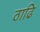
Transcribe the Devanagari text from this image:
ठाढि